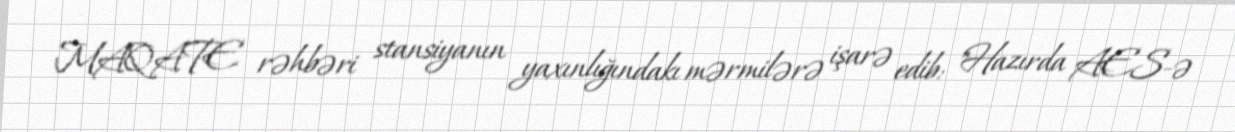
MAQATE rəhbəri stansiyanın yaxınlığındakı mərmilərə işarə edib: "Hazırda AES-ə